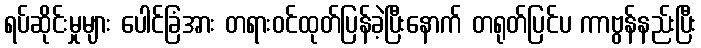
ရပ်ဆိုင်းမှုများ ပေါင်ခြံအား တရားဝင်ထုတ်ပြန်ခဲ့ပြီးနောက် တရုတ်ပြင်ပ ကာဗွန်နည်းပြီး